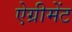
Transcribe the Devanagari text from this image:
ऐग्रीमेंट